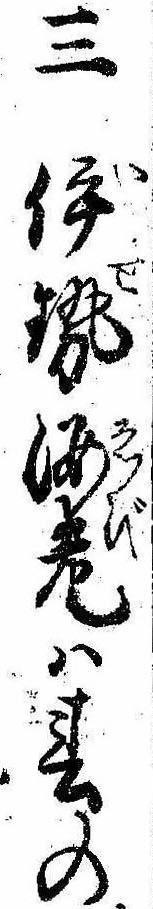
三伊勢海老は春の